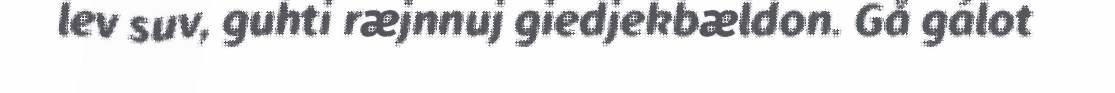
lev suv, guhti ræjnnuj giedjekbældon. Gå gálot